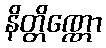
နိတ္တိဏ္ဏော